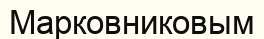
Марковниковым